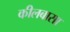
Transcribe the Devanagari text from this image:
कीलबासा